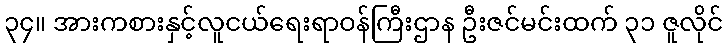
၃၄။ အားကစားနှင့်လူငယ်ရေးရာဝန်ကြီးဌာန ဦးဇင်မင်းထက် ၃၁ ဇူလိုင်